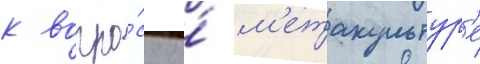
к вопро́су о́ м'етакультур'е